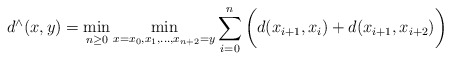
\begin{align*}d^\wedge(x,y) = \min\limits_{n\geq 0}\min_{x=x_0,x_1,\dots,x_{n+2}=y}\sum_{i=0}^{n} \bigg(d(x_{i+1},x_i) + d(x_{i+1},x_{i+2})\bigg)\end{align*}